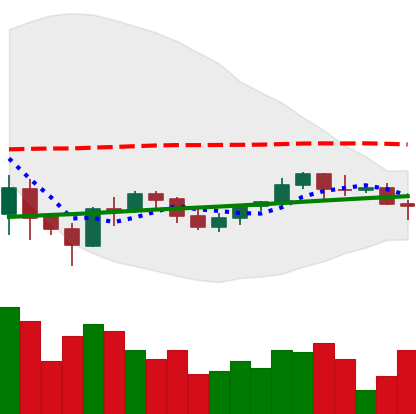
Ticker: BNB-USD
Chart end date: 2021-06-08
Forward return: 3.573%
Label: up_3_5